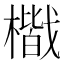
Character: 𭬐